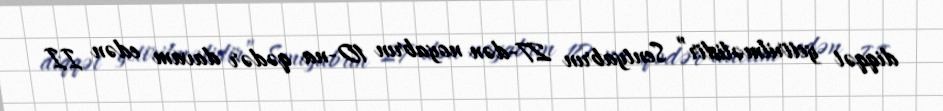
diqqət yetirilməlidir” Sentyabrın 27-dən noyabrın 10-na qədər davam edən II